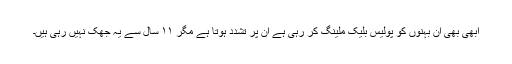
ابھی بھی ان بہنوں کو پولیس بلیک ملینگ کر رہی ہے ان پر تشدد ہوتا ہے مگر ۱۱ سال سے یہ جھک نہیں رہی ہیں۔